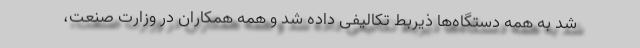
شد به همه دستگاه‌ها ذیربط تکالیفی داده شد و همه همکاران در وزارت صنعت،